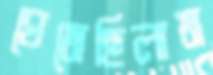
ঘেমেছিলাম